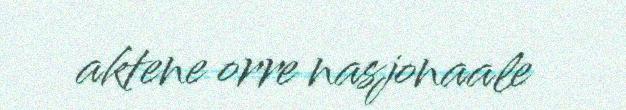
aktene orre nasjonaale